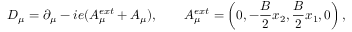
D _ { \mu } = \partial _ { \mu } - i e ( A _ { \mu } ^ { e x t } + A _ { \mu } ) , \qquad A _ { \mu } ^ { e x t } = \left( 0 , - \frac { B } { 2 } x _ { 2 } , \frac { B } { 2 } x _ { 1 } , 0 \right) ,